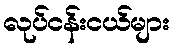
လုပ်ငန်းငယ်များ